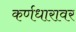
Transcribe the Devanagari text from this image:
कर्णधारावर